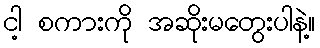
ငါ့ စကားကို အဆိုးမတွေးပါနဲ့။